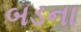
બડના